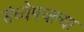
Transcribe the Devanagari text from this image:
संध्येमधल्या